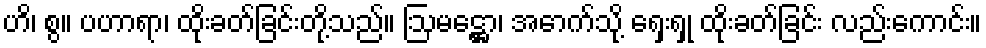
ဟိ၊ စွ။ ပဟာရာ၊ ထိုးခတ်ခြင်းတို့သည်။ ဩမဋ္ဌော၊ အောက်သို့ ရှေးရှု ထိုးခတ်ခြင်း လည်းကောင်း။